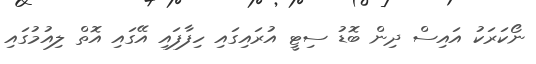
ނޯކަރަކު އައިސް ދިން ބޮޑު ސިޓީ އުރައިގައި ހިފާފައި އޭގައި އޮތް ލިއުމުގައި